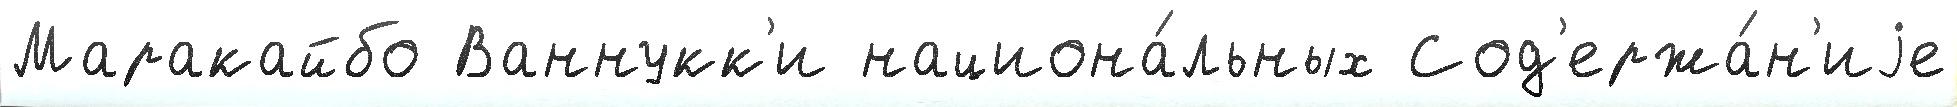
Маракайбо Ваннукк'и национа́льных Сод'ержа́н'иjе